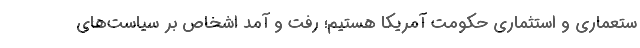
ستعماری و استثماری حکومت آمریکا هستیم؛ رفت و آمد اشخاص بر سیاست‌های